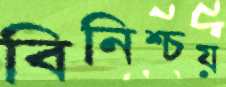
বিনিশ্চয়